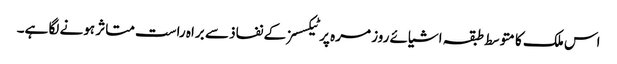
اس ملک کا متوسط طبقہ اشیائے روز مرہ پر ٹیکسسز کے نفاذ سے براہ راست متاثر ہونے لگا ہے۔